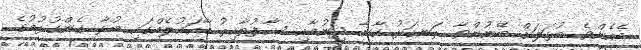
އެހެންވެ ބުޅަލަށް ބޭނުންވާ ރަނގަޅު ކާނާ ދިނުމާއި ސާފުތާހިރު މާހައުލެއްގައި ބުޅާ ގެންގުޅުމުގެ